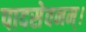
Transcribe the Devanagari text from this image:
पादसेवनम्।